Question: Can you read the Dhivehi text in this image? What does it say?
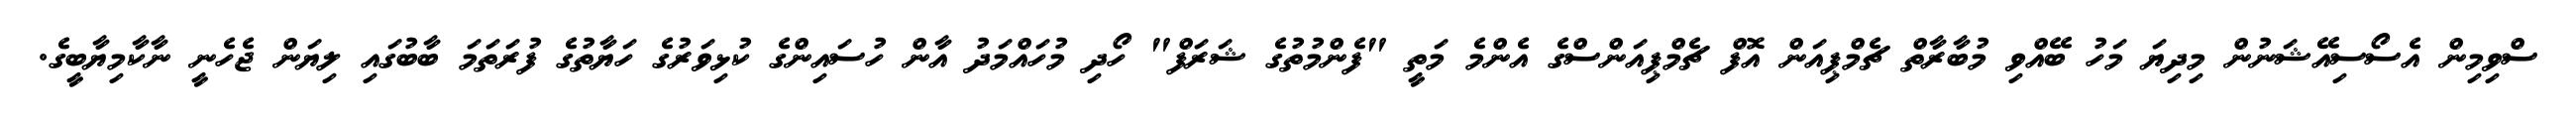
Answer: ސްވިމިން އެސޯސިއޭޝަނުން މިދިޔަ މަހު ބޭއްވި މުބާރާތް ޗެމްޕިއަން އޮފް ޗެމްޕިއަންސްގެ އެންމެ މަތީ "ފެންމުތުގެ ޝަރަފް" ހޯދި މުހައްމަދު އާން ހުސައިންގެ ކުޅިވަރުގެ ހަޔާތުގެ ފުރަތަމަ ބާބުގައި ލިޔަން ޖެހެނީ ނާކާމިޔާބީގެ.